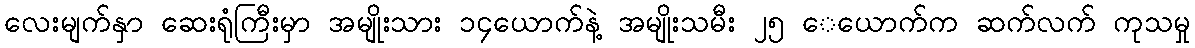
လေးမျက်နှာ ဆေးရုံကြီးမှာ အမျိုးသား ၁၄ယောက်နဲ့ အမျိုးသမီး ၂၅ ေယောက်က ဆက်လက် ကုသမှု